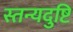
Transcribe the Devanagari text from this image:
स्तन्यदुष्टि